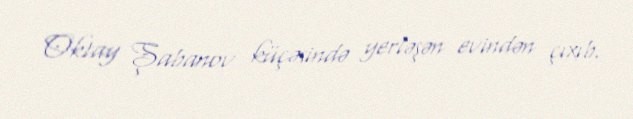
Oktay Şabanov küçəsində yerləşən evindən çıxıb.